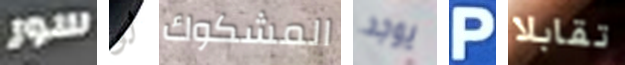
سور لو المشكوك يوجد P تقابلا